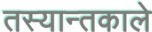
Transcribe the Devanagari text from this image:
तस्यान्तकाले